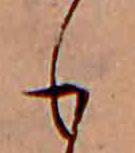
も